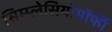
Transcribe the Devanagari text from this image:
सिम्प्लेसियोमॉर्फी